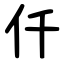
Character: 仟